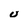
Character: u